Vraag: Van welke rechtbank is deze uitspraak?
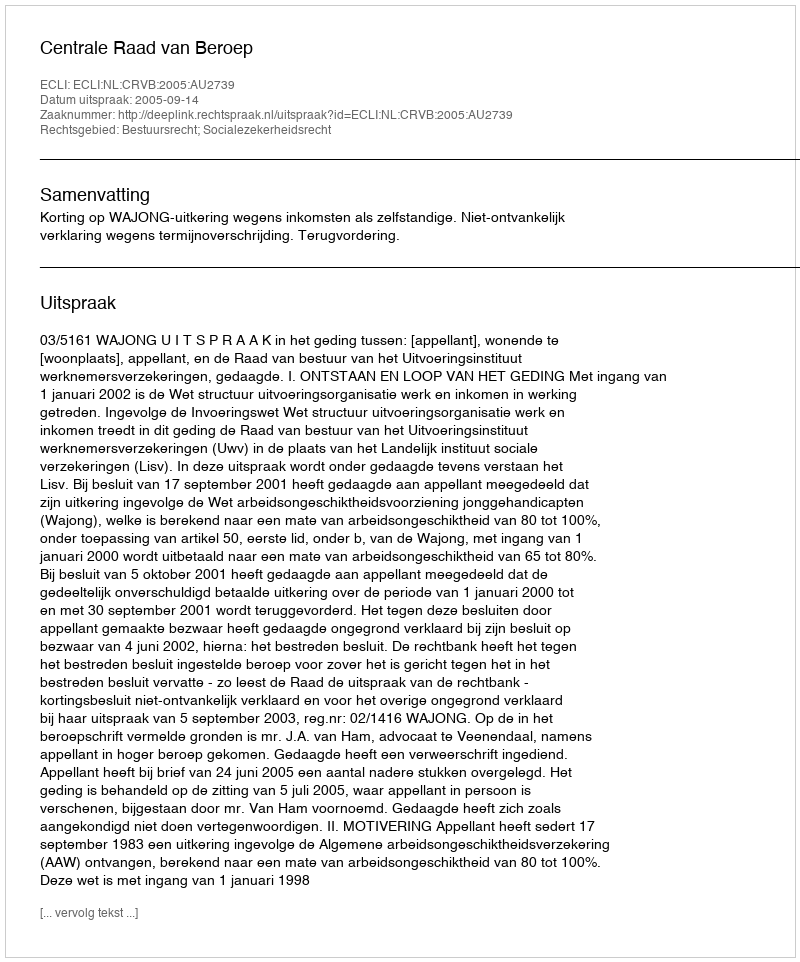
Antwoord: Centrale Raad van Beroep